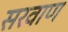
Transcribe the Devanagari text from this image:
सरवाण